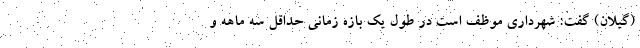
(گیلان) گفت: شهرداری موظف است در طول یک بازه زمانی حداقل سه ماهه و